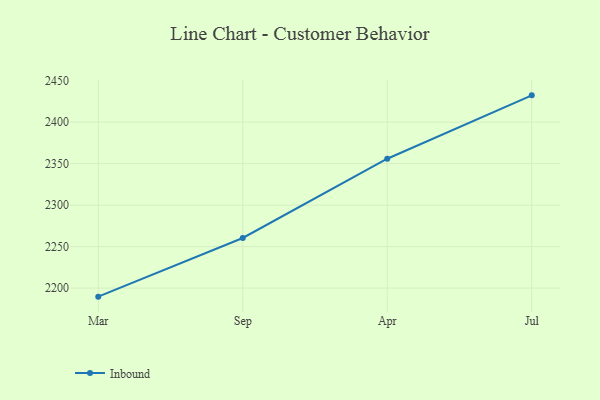
{"axis": {"x": "Month", "y": "Shipments"}, "legend": ["Inbound"], "data": [{"x": "Mar", "y": 2189.7, "type": "Inbound"}, {"x": "Sep", "y": 2260.4, "type": "Inbound"}, {"x": "Apr", "y": 2355.9, "type": "Inbound"}, {"x": "Jul", "y": 2432.3, "type": "Inbound"}]}